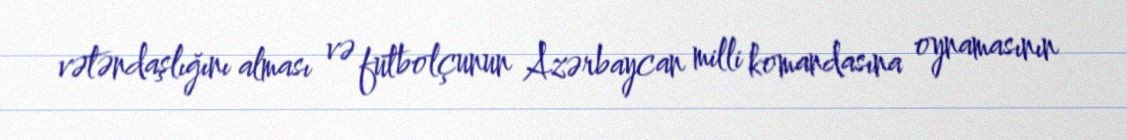
vətəndaşlığını alması və futbolçunun Azərbaycan milli komandasına oynamasının